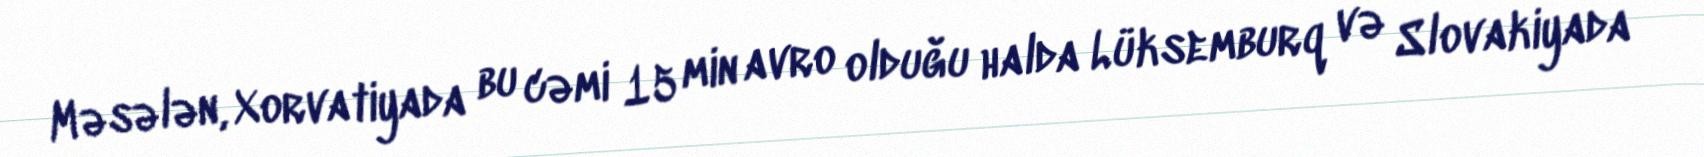
Məsələn, Xorvatiyada bu cəmi 15 min avro olduğu halda Lüksemburq və Slovakiyada